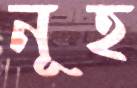
নূহ